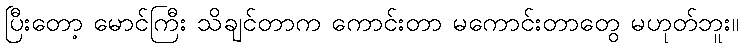
ပြီးတော့ မောင်ကြီး သိချင်တာက ကောင်းတာ မကောင်းတာတွေ မဟုတ်ဘူး။